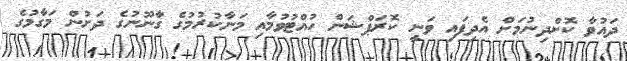
ދައުވާ ކޮށްދިނުމަށް އެދިފައި ވަނީ ކޮރަޕްޝަން ހުއްޓުވުމާއި މަނާކުރުމުގެ ގާނޫނުގެ ދަށުން މަގާމުގެ